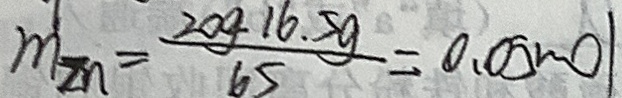
m _ { 2 n } = \frac { 2 0 g 1 6 . 5 g } { 6 5 } = 0 . 0 5 m o l